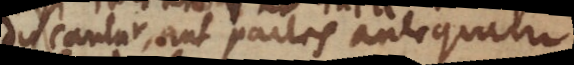
ducantur, aut partes antequam